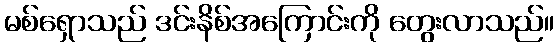
မစ်ရှောသည် ဒင်းနိစ်အကြောင်းကို တွေးလာသည်။